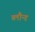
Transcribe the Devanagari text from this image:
ब्लौन्ड